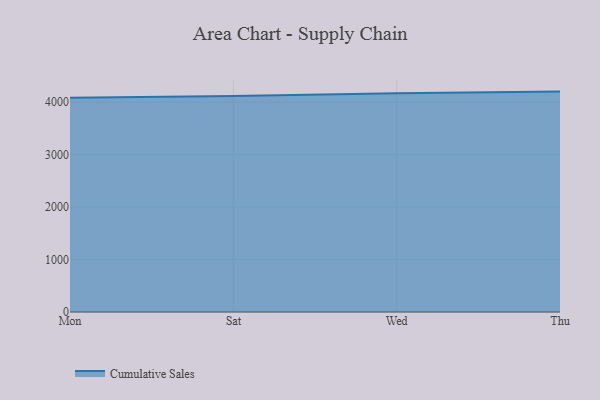
{"axis": {"x": "Day", "y": "Latency (ms)"}, "legend": ["Cumulative Sales"], "data": [{"x": "Mon", "y": 4084.8, "type": "Cumulative Sales"}, {"x": "Sat", "y": 4120.8, "type": "Cumulative Sales"}, {"x": "Wed", "y": 4173.1, "type": "Cumulative Sales"}, {"x": "Thu", "y": 4203.6, "type": "Cumulative Sales"}]}